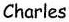
Charles